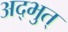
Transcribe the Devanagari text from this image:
अद्भुत्‌